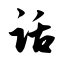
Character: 话